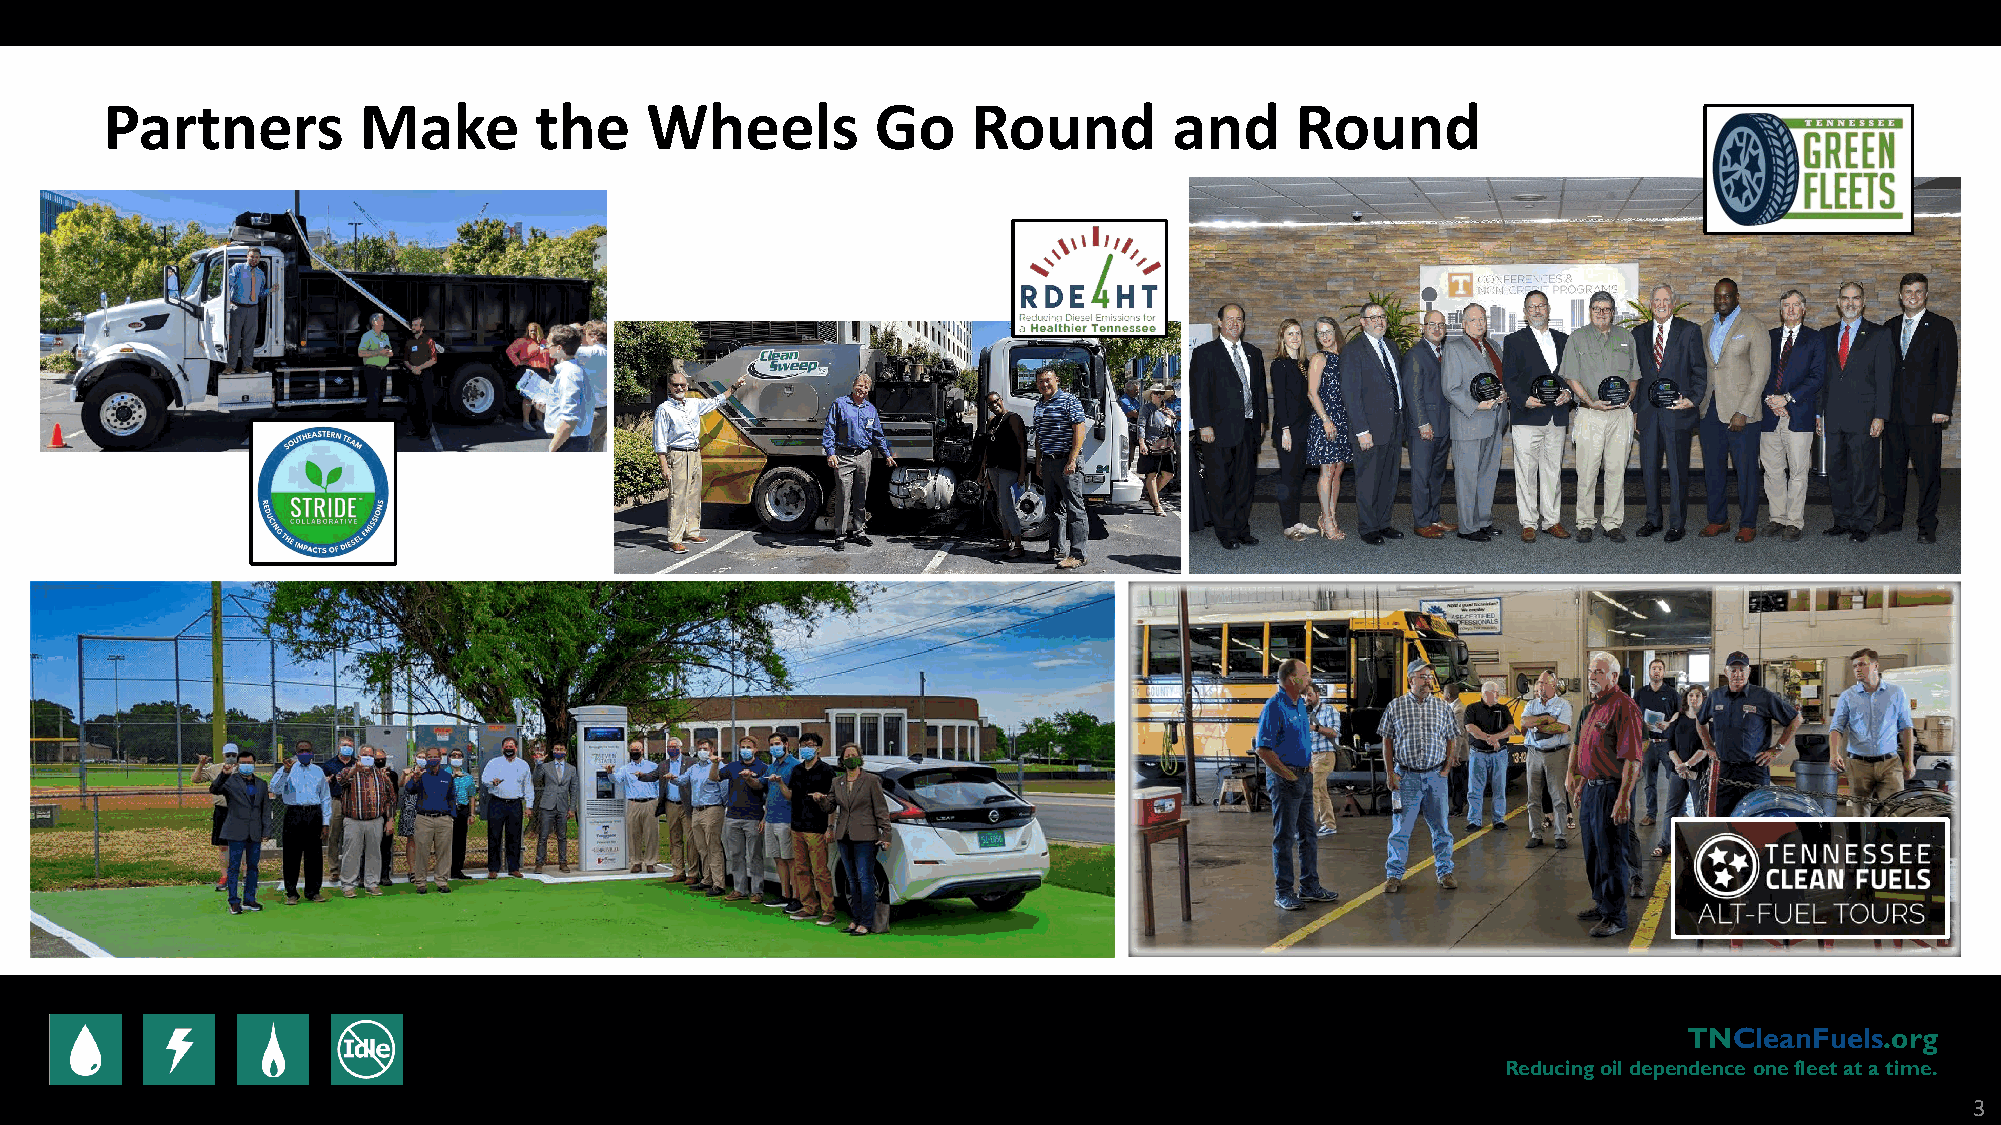
Partners         Make       the     Wheels         Go    Round         and     Round
 TNCleanFuels.org
 Reducing oil dependence one fleet at a time.
 3